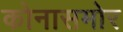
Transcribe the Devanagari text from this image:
कोनासमोर